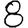
Digit: 8